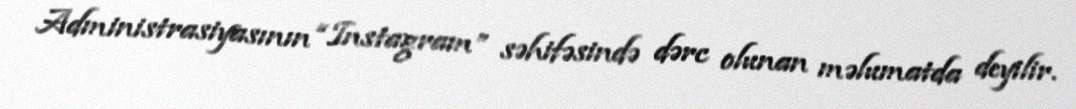
Administrasiyasının “Instagram” səhifəsində dərc olunan məlumatda deyilir.